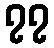
၇၇